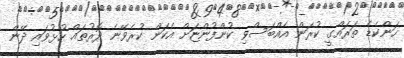
ހަންކެޑެ ތަރައްގީ ކުރަން އެއްބަސްވި ކުންފުންޏަށް އެކަން ކުރެވޭނެ ދޮރުތައް ހުޅުވައި ދޭން